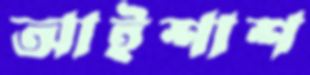
আইশাশ